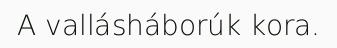
A vallásháborúk kora.